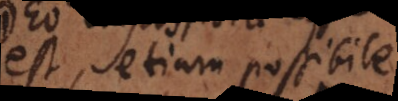
est, etiam possibile